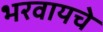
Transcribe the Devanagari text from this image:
भरवायचे